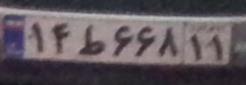
۱۴ط۶۶۸۱۱